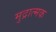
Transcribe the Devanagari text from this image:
मुद्रात्मक